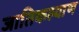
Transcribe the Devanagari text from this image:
जातिकल्याण